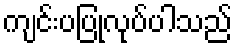
ကျင်းပပြုလုပ်ပါသည်